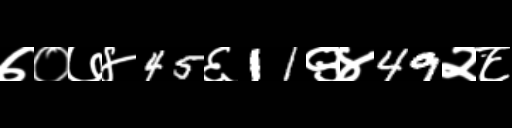
Text: ७०७४45६11९४49२८